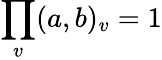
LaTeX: \prod_{v}(a,b)_{v}=1